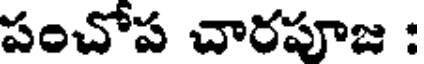
పంచోప చారపూజ :